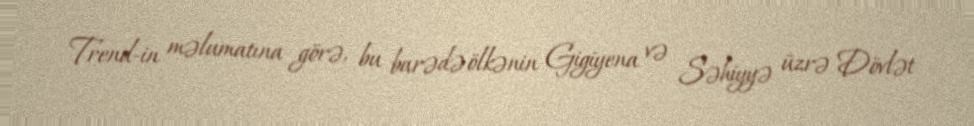
Trend-in məlumatına görə, bu barədə ölkənin Gigiyena və Səhiyyə üzrə Dövlət